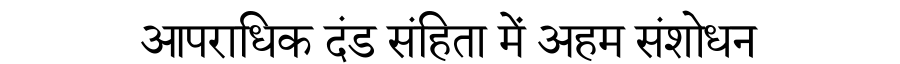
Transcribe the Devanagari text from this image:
आपराधिक दंड संहिता में अहम संशोधन